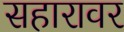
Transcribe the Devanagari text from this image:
सहारावर